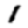
Digit: 1